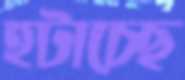
হটাচ্ছে